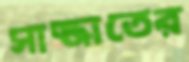
সাজ্জাতের